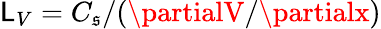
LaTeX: \mathsf{L}_{V}=C_{\mathfrak{s}}/(\partialV/\partialx)